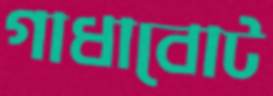
গাধাবোট